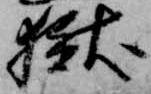
獄